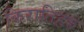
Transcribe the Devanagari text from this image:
किरातिहरु